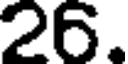
26.